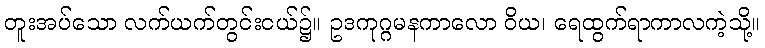
တူးအပ်သော လက်ယက်တွင်းငယ်၌။ ဥဒကုဂ္ဂမနကာလော ဝိယ၊ ရေထွက်ရာကာလကဲ့သို့။